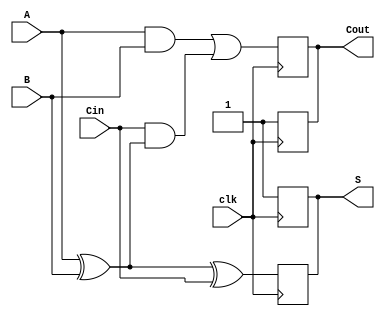
module dynamic_full_adder (
    input wire A,      // First binary input bit
    input wire B,      // Second binary input bit
    input wire Cin,    // Carry input bit
    input wire clk,    // Clock signal for precharge/evaluation
    output reg S,      // Sum output
    output reg Cout    // Carry output
);

// Internal signals for evaluation
wire A_xor_B;
wire A_and_B;
wire A_xor_B_and_Cin;

// XOR operation for sum
assign A_xor_B = A ^ B;

// AND operation for carry-out
assign A_and_B = A & B;
assign A_xor_B_and_Cin = Cin & A_xor_B;

// Precharge phase
always @(posedge clk) begin
    // Precharge outputs to high
    S <= 1'b1;
    Cout <= 1'b1;
end

// Evaluation phase
always @(negedge clk) begin
    // Evaluate outputs based on inputs
    S <= A_xor_B ^ Cin; // S = A  B  Cin
    Cout <= A_and_B | A_xor_B_and_Cin; // Cout = (A  B) + (Cin  (A  B))
end

endmodule